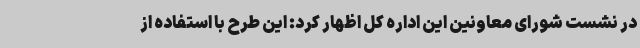
در نشست شورای معاونین این اداره کل اظهار کرد: این طرح با استفاده از